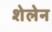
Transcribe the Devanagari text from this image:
शेलेन